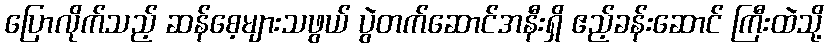
ပြောလိုက်သည့် ဆန်စေ့များသဖွယ် ပွဲတက်ဆောင်အနီးရှိ ဧည့်ခန်းဆောင် ကြီးထဲသို့